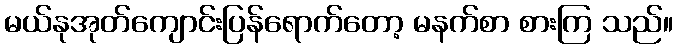
မယ်နုအုတ်ကျောင်းပြန်ရောက်တော့ မနက်စာ စားကြ သည်။